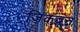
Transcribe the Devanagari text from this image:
जिंकवून